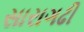
સારાગઢી